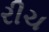
રીચ